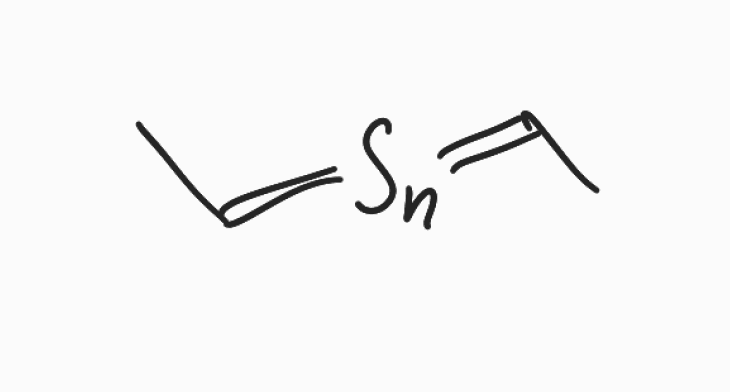
Simplified molecular-input line-entry system (SMILES) notation of the given molecule:
CC=[Sn]=CC